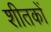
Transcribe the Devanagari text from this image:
शीतकों